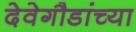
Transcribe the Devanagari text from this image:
देवेगौडांच्या